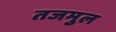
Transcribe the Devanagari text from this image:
तजमुल